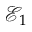
{ \mathcal { E } } _ { 1 }